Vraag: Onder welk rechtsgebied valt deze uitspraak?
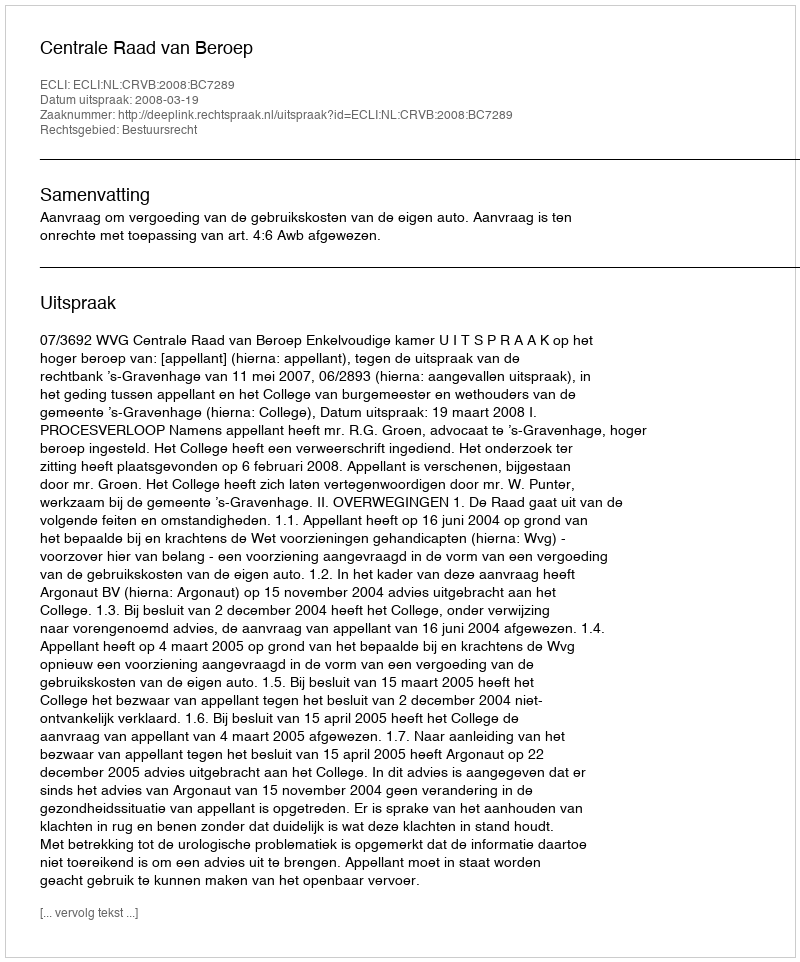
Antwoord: Bestuursrecht